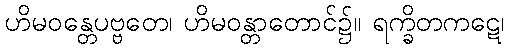
ဟိမဝန္တေပဗ္ဗတေ၊ ဟိမဝန္တာတောင်၌။ ရက္ခိတကဋေ၊